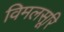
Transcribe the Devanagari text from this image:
विमलसूरि